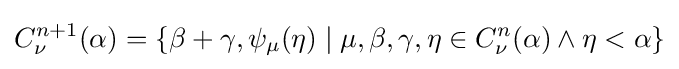
C_{\nu }^{n+1}(\alpha )=\{\beta +\gamma ,\psi _{\mu }(\eta )\mid \mu ,\beta ,\gamma ,\eta \in C_{\nu }^{n}(\alpha )\land \eta <\alpha \}